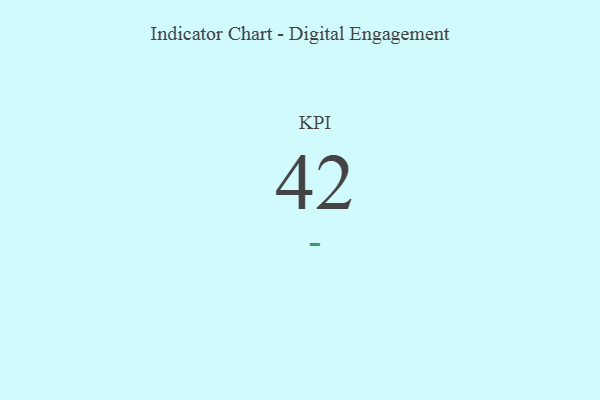
{"axis": {"x": "KPI", "y": "Value"}, "legend": [""], "data": [{"x": "KPI", "y": 42, "type": ""}]}